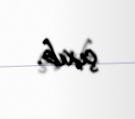
çıxıb.